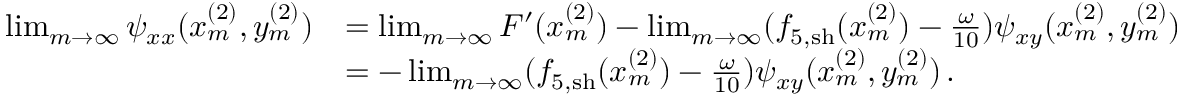
\begin{array} { r l } { \operatorname* { l i m } _ { m \rightarrow \infty } \psi _ { x x } ( x _ { m } ^ { ( 2 ) } , y _ { m } ^ { ( 2 ) } ) } & { = \operatorname* { l i m } _ { m \rightarrow \infty } F ^ { \prime } ( x _ { m } ^ { ( 2 ) } ) - \operatorname* { l i m } _ { m \rightarrow \infty } ( f _ { 5 , \mathrm { s h } } ( x _ { m } ^ { ( 2 ) } ) - \frac { \omega } { 1 0 } ) \psi _ { x y } ( x _ { m } ^ { ( 2 ) } , y _ { m } ^ { ( 2 ) } ) } \\ & { = - \operatorname* { l i m } _ { m \rightarrow \infty } ( f _ { 5 , \mathrm { s h } } ( x _ { m } ^ { ( 2 ) } ) - \frac { \omega } { 1 0 } ) \psi _ { x y } ( x _ { m } ^ { ( 2 ) } , y _ { m } ^ { ( 2 ) } ) \, . } \end{array}